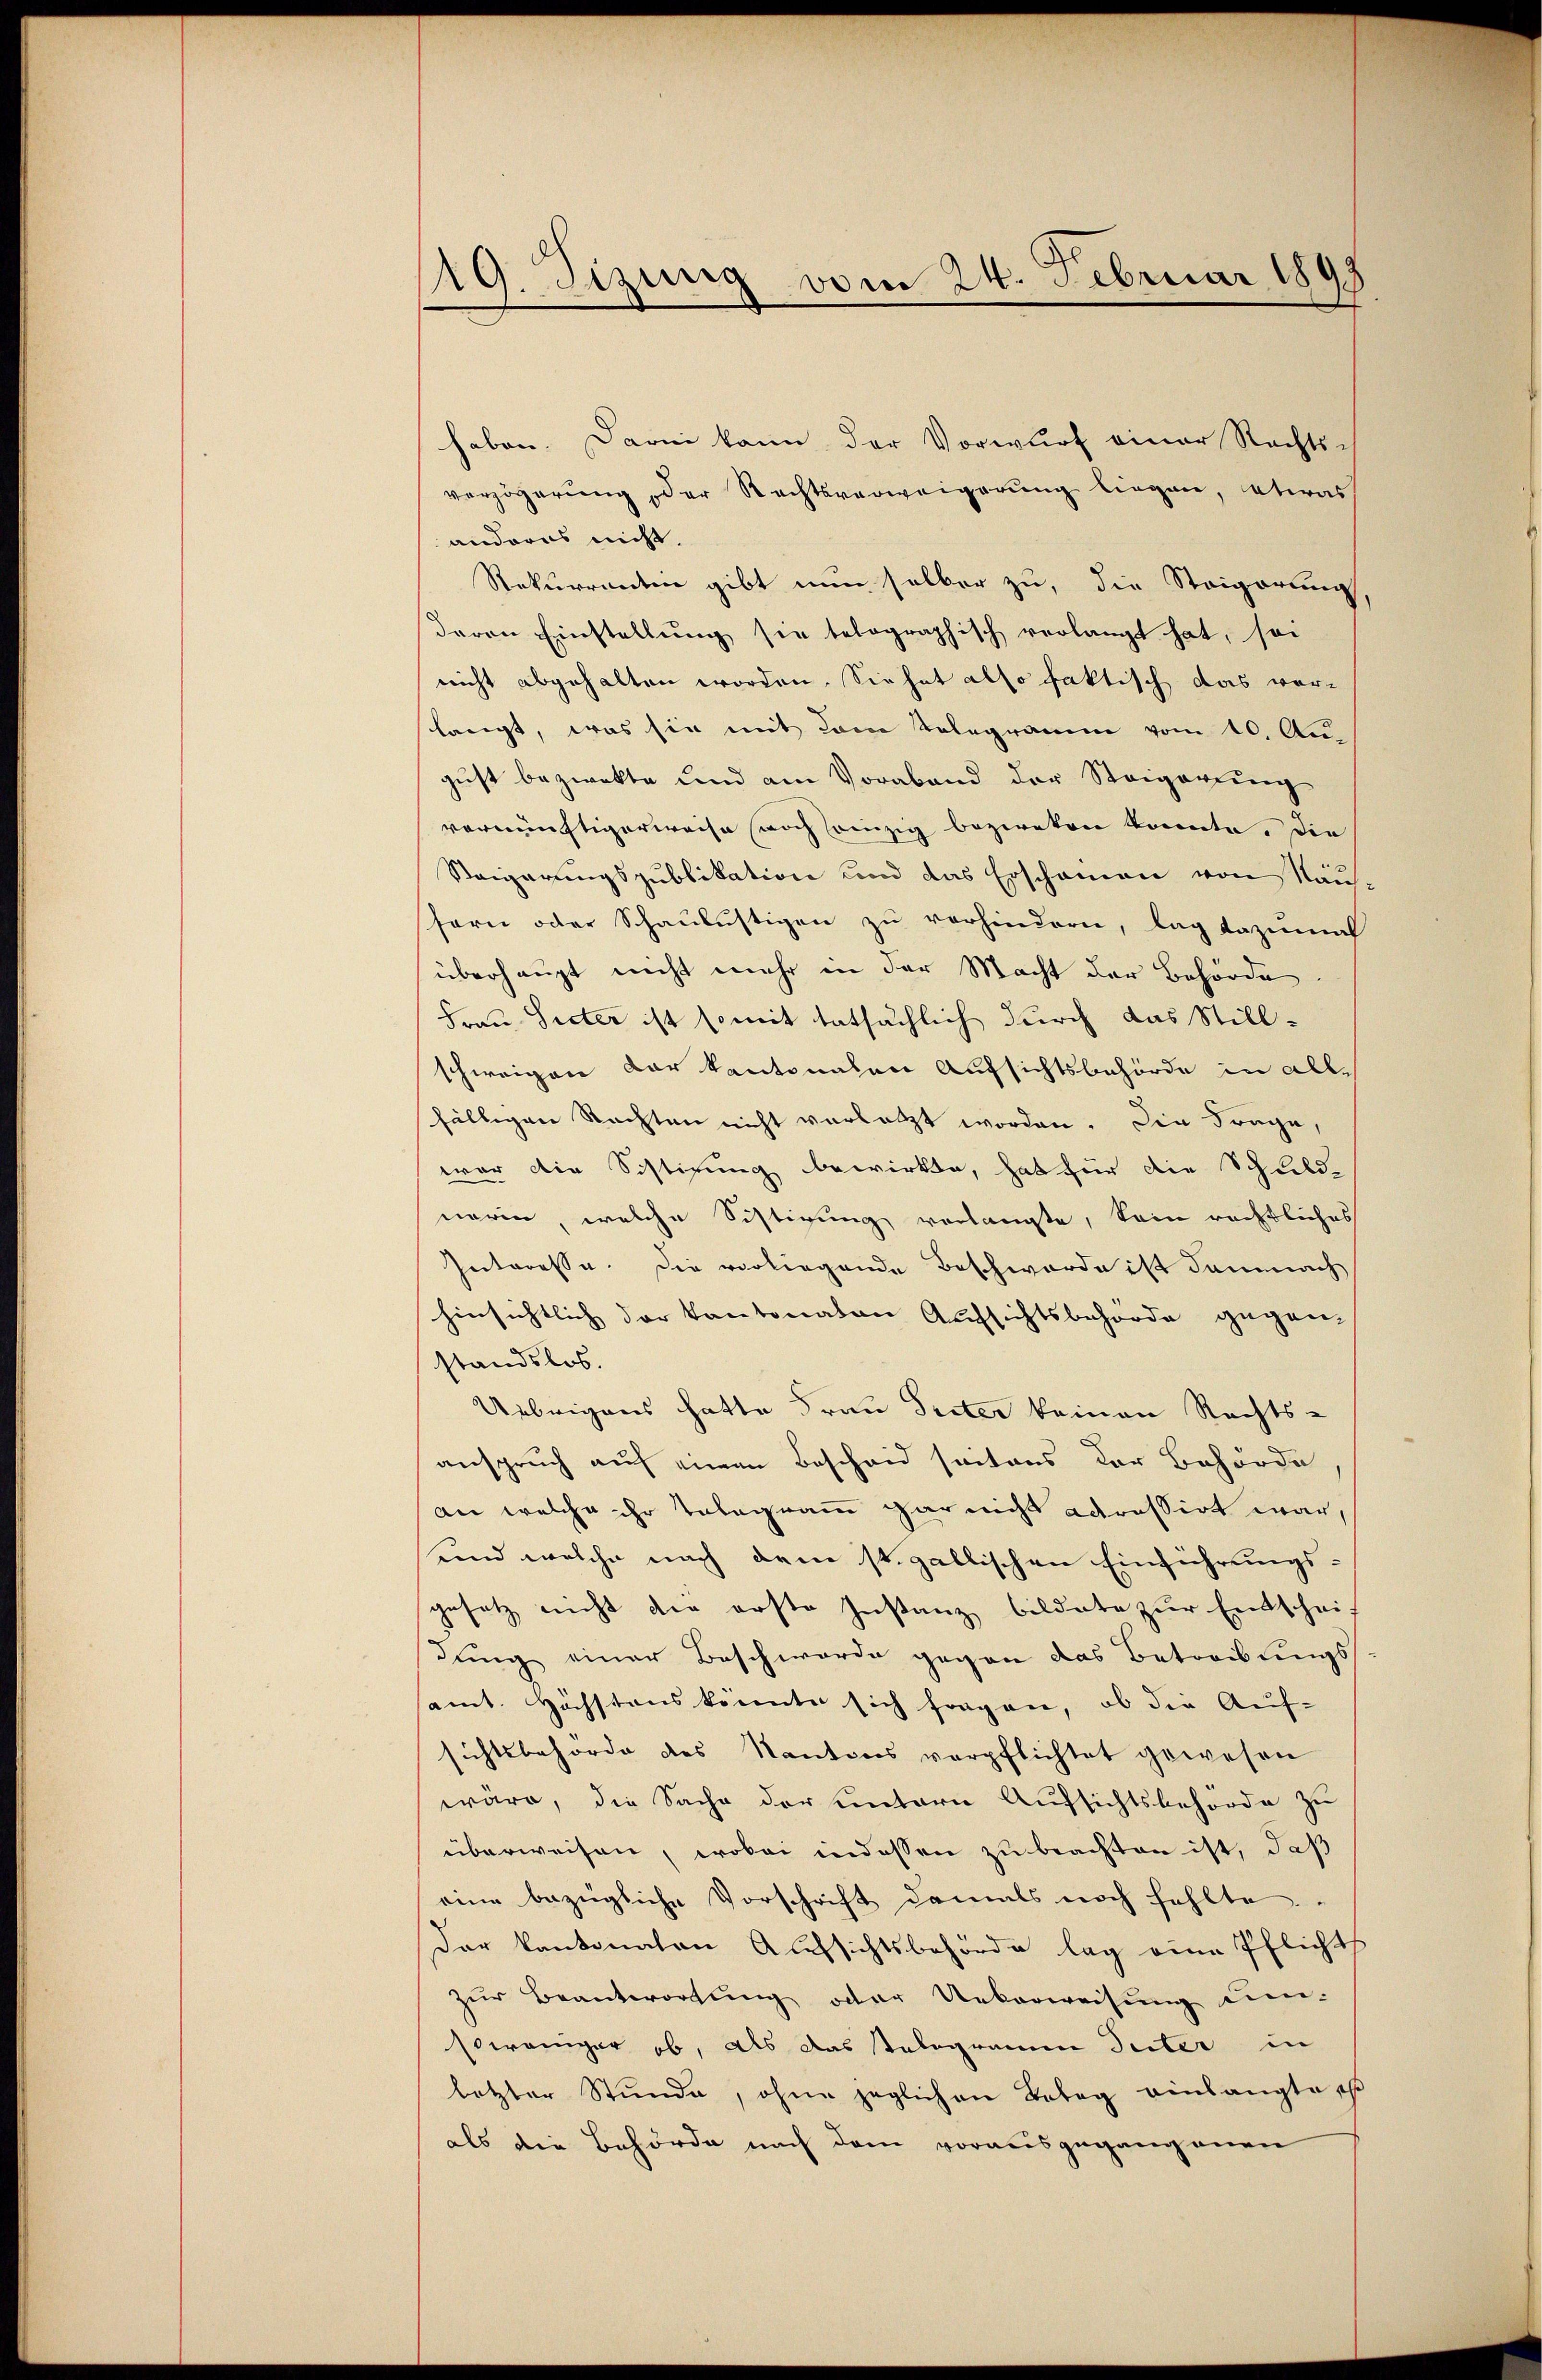
19. Sizung vom 24. Februar 1898

haben. Darin kann der Vorwurf einer Rechts-
verzögerung der Rechtsverweigerung liegen, etwas
andorus nicht.
Rekurrentin gibt nun selber zu, die Steigerung
daren Einstellung sie telographisch verlangt hat, soi
nicht abgehalten worden. Sie hat also faktisch das vor-
langt, was sie mit dem Telegramm vom 10. Au
gust bezwekte und am Vorabend der Steigerung
vernünftigerweise noch einzig bezweken könnte. Die
Steigerungspublikation und das Erschainen von Nausern oder Schaulustigen zu vorhindern, lag dazumal
überhaupt nicht mehr in der Macht der Behörde
Frau Seiter ist somit tatsächlich durch das Stillschweigen dar kantonalen Aufsichtsbehörde in allfälligen Nachten nicht vorletzt worden. Die Frage,
war die Sistigung bewirkte, hat für die Schuld-
neren, welche Sistirung verlangte, kein rechtliches
Interesse. Die vorliegende Beschwerde ist damnach
hinsichtlich der kantonaten Aufsichtsbehörde gegen-
standslos.
Uebrigens hatte Frau Preter keinen Rechts-
anspruch auf einen Bescheid satons der Behörde
an welche ihr Telegramm gar nicht adressirt war,
und welche nach dem st. gallischen Einführungsgesetz nicht die erste Instanz bildete zur Entschei-
dung einer Beschwerde gegen das Betreibungs-
amt. Höchstens könnte sich fragen, ob die Auf-
sichtsbehörde des Kantons verpflichtet gewesen
wäre, die Sache der untern Aufsichtsbehörde zu
überweisen, wobei indessen zu beachten ist, daß
eine bezügliche Vorschrift damals noch fehlte
Der kantonalen Aufsichtsbehörde lag eine Pflicht
zur Beantwortung oder Ueberweisung um-
soweniger ob, als das talogramm Seiter in
letzter Stŭnde, ohne jeglichen Batag einlangte
als die Behörde nach dem vorausgegangenen